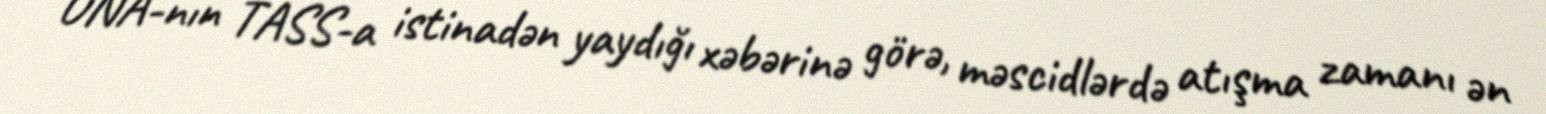
ONA-nın TASS-a istinadən yaydığı xəbərinə görə, məscidlərdə atışma zamanı ən